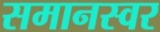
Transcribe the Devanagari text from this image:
समानस्वर